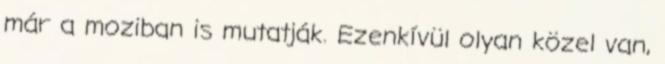
már a moziban is mutatják. Ezenkívül olyan közel van,